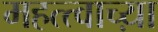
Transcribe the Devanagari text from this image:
महत्त्वाच्य़ा